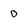
Character: O